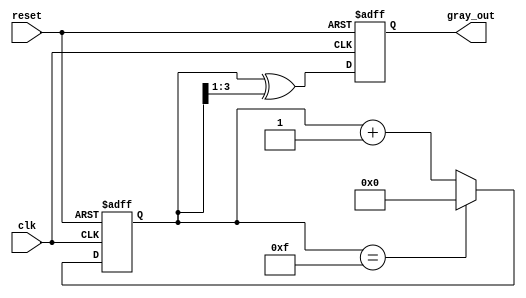
module gray_code_counter #(
    parameter N = 4 // Configurable bit width (n bits)
)(
    input wire clk,            // Clock signal
    input wire reset,          // Active-low reset signal
    output reg [N-1:0] gray_out // n-bit Gray code output
);

    reg [N-1:0] binary_count; // Internal register for binary count

    // Convert binary to Gray code
    function [N-1:0] binary_to_gray;
        input [N-1:0] binary;
        begin
            binary_to_gray = binary ^ (binary >> 1);
        end
    endfunction

    always @(posedge clk or negedge reset) begin
        if (!reset) begin
            binary_count <= 0; // Reset binary count to 0
            gray_out <= 0;     // Reset Gray code output to 0
        end else begin
            binary_count <= (binary_count == (1 << N) - 1) ? 0 : binary_count + 1; // Increment or wrap around
            gray_out <= binary_to_gray(binary_count); // Update Gray code output
        end
    end

endmodule